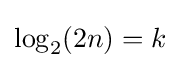
\log _{2}(2n)=k